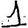
Digit: 1